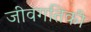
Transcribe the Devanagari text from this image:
जीवगतिकी